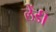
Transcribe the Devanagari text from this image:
लेंडीं